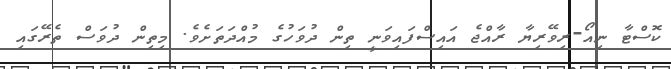
ކޮސްޓާ ނިއޯ-ރިވޭރިޔާ ރާއްޖެ އައިސްފައިވަނީ ތިން ދުވަހުގެ މުއްދަތަށެވެ. މިތިން ދުވަސް ތެރޭގައި